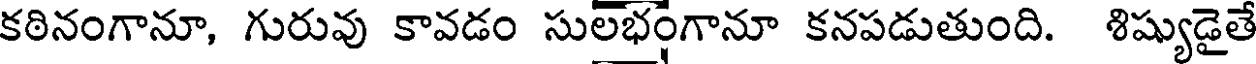
కఠినంగానూ, గురువు కావడం సులభంగానూ కనపడుతుంది. శిష్యుడైతే